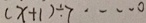
( x + 1 ) \div 7 \cdots 0